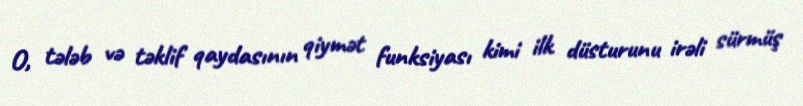
O, tələb və təklif qaydasının qiymət funksiyası kimi ilk düsturunu irəli sürmüş